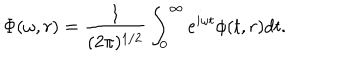
\Phi ( \omega , r ) = \frac { 1 } { ( 2 \pi ) ^ { 1 / 2 } } \int _ { 0 } ^ { \infty } e ^ { i \omega t } \phi ( t , r ) d t .